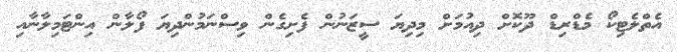
އެތްލެޓިކޯ މެޑްރިޑް ދޫކޮށް ދިއުމަށް މިދިޔަ ސީޒަނުން ފެށިގެން ވިސްނަމުންދިޔަ ފޯލާން އިންޓަމިލާނާއި